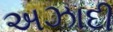
અઝાદી